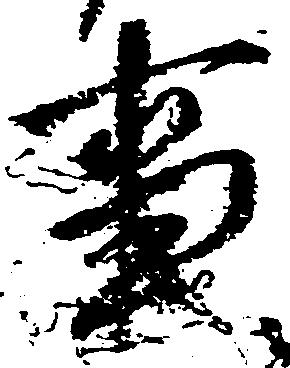
事